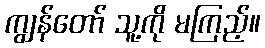
ကျွန်တော် သူ့ကို မကြည့်။